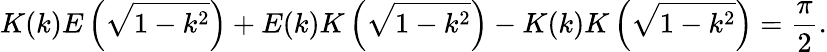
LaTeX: K(k)E\left({\sqrt{1-k^{2}}}\right)+E(k)K\left({\sqrt{1-k^{2}}}\right)-K(k)K\left({\sqrt{1-k^{2}}}\right)={\frac{\pi}{2}}.